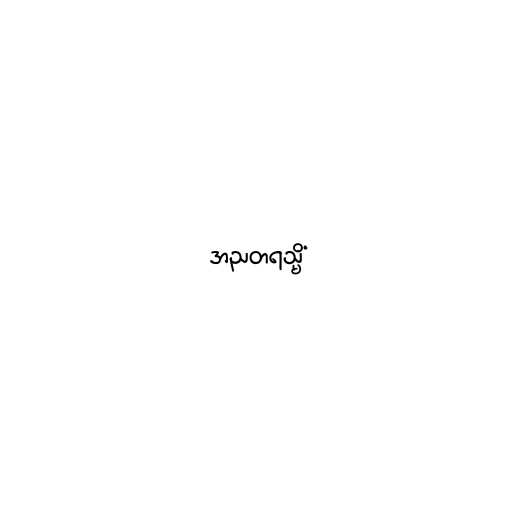
အညတရသ္မိံ